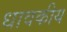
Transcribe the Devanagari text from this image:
धावकीय